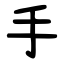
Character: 手